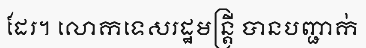
ដែរ។ លោកទេសរដ្ឋមន្ត្រី បានបញ្ជាក់